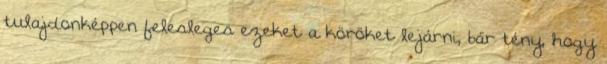
tulajdonképpen felesleges ezeket a köröket lejárni, bár tény, hogy